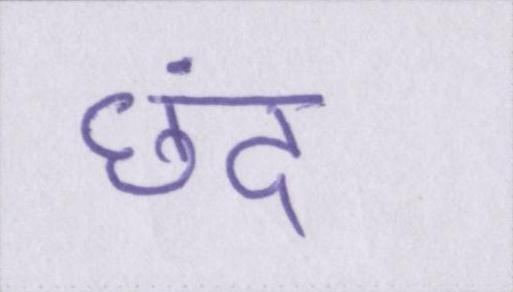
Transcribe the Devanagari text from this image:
छंद